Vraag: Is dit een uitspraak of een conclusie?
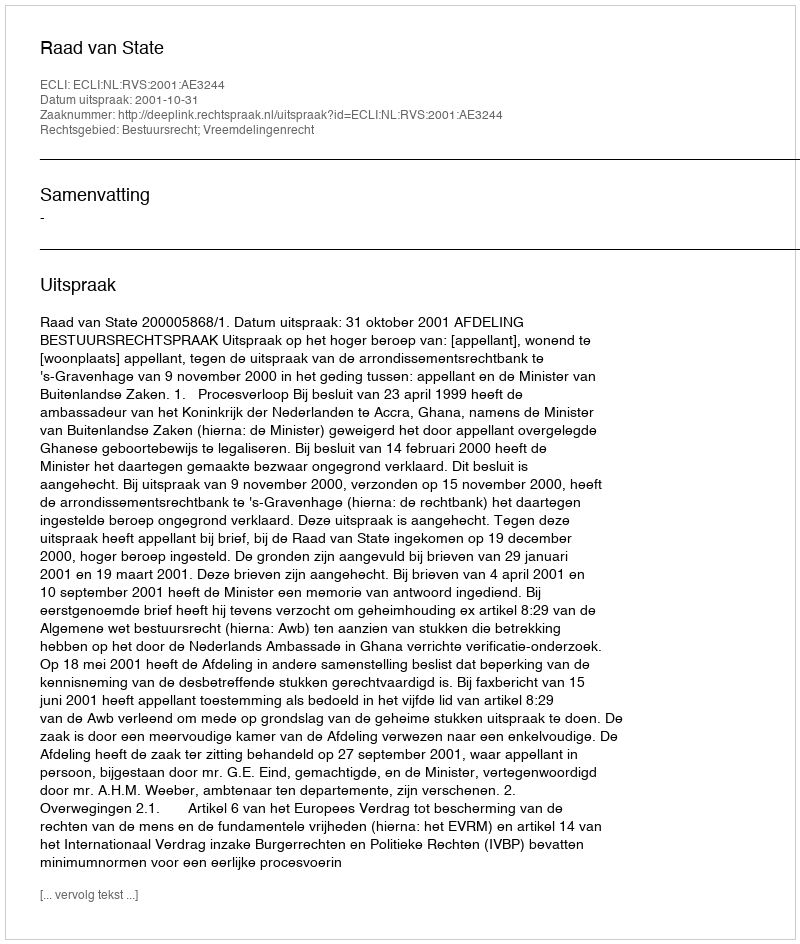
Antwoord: Uitspraak